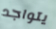
يتواجد